Lunatic asylums in Bengal annual reports 1888-1898 - 1888-1898
Year: 1888
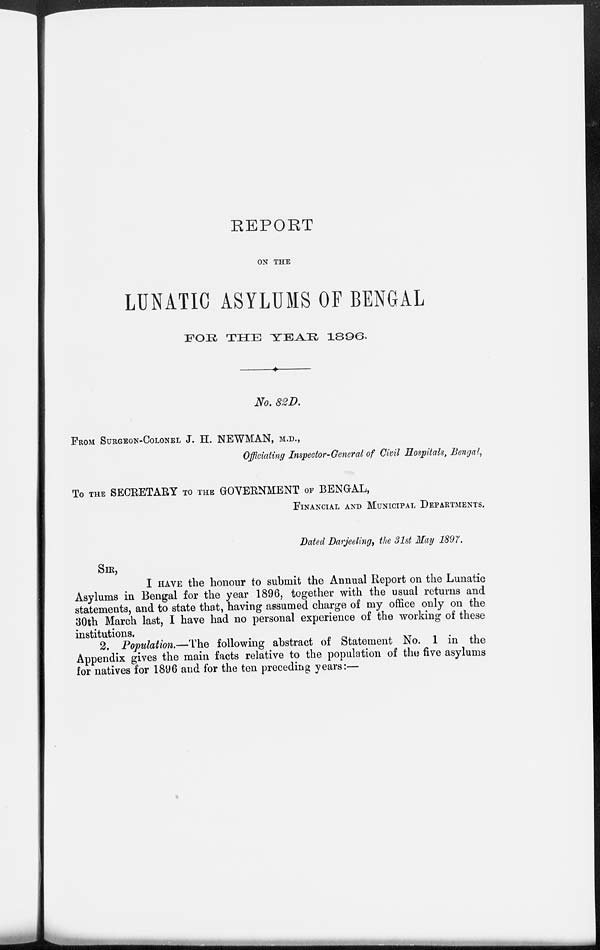
REPORT
ON THE
LUNATIC ASYLUMS OF BENGAL
FOR
THE
YEAR
1896.
No. 82 D.
FROM SURGEON-COLONEL J. H. NEWMAN, M.D.,
Officiating Inspector-General of Civil Hospitals, Bengal,
To THE SECRETARY TO THE GOVERNMENT OF BENGAL,
FINANCIAL AND MUNICIPAL DEPARTMENTS.
Dated Darjeeling, the 31st May 1897.
SIR,
I HAVE the honour to submit the Annual Report on the Lunatic
Asylums in Bengal for the year 1896, together with the usual returns and
statements, and to state that, having assumed charge of my office only on the
30th March last, I have had no personal experience of the working of these
institutions.
2. Population.—The following abstract of Statement No. 1 in the
Appendix gives the main facts relative to the population of the five asylums
for natives for 1896 and for the ten preceding years:—